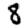
Digit: 8